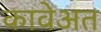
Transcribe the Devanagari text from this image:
कावेअत